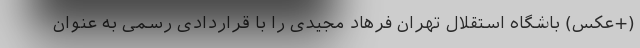
(+عکس) باشگاه استقلال تهران فرهاد مجیدی را با قراردادی رسمی به عنوان